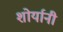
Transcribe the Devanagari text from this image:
शोर्यानी